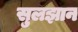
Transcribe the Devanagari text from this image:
सुलझान